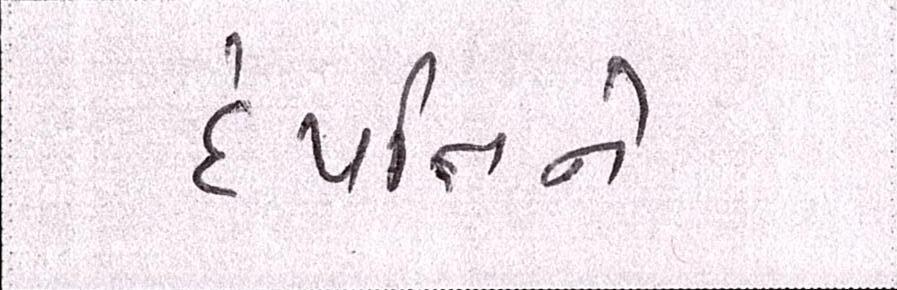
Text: દંપત્તિને